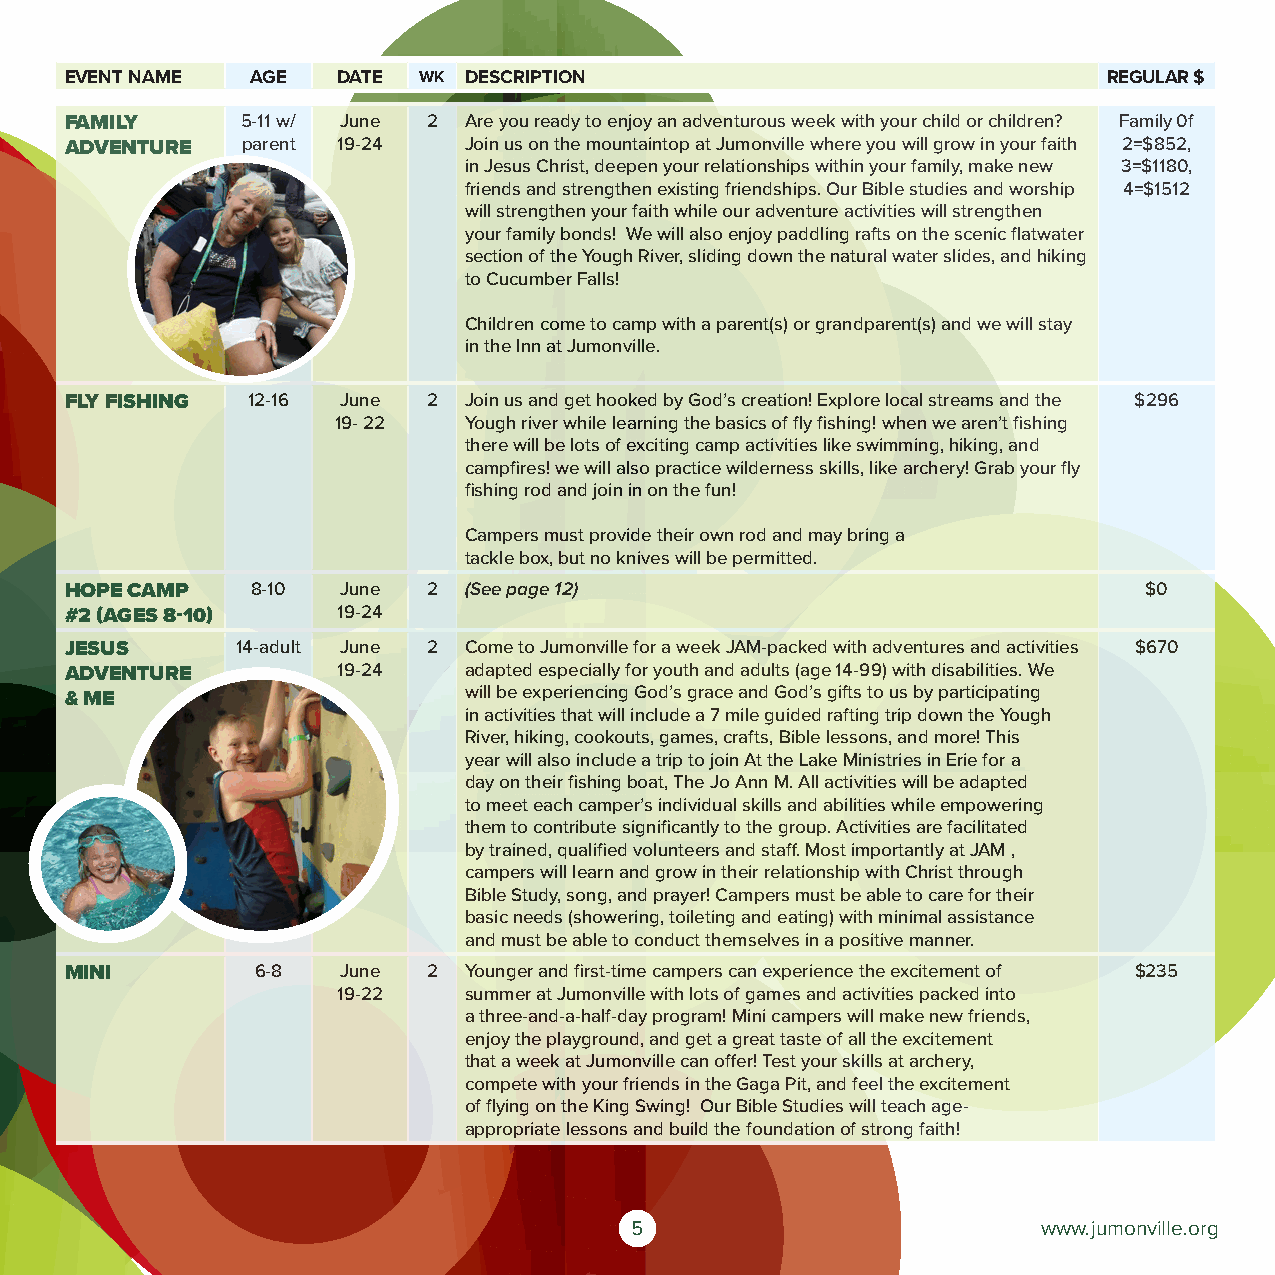
EVENT NAME   AGE  DATE  WK DESCRIPTION                               REGULAR $
 FAMILY      5-11 w/ June 2 Are you ready to enjoy an adventurous week with your child or children? Family 0f
 ADVENTURE   parent 19-24   Join us on the mountaintop at Jumonville where you will grow in your faith 2=$852,
 in Jesus Christ, deepen your relationships within your family, make new 3=$1180,
 friends and strengthen existing friendships. Our Bible studies and worship 4=$1512
 will strengthen your faith while our adventure activities will strengthen
 your family bonds! We will also enjoy paddling rafts on the scenic flatwater
 section of the Yough River, sliding down the natural water slides, and hiking
 to Cucumber Falls!
 Children come to camp with a parent(s) or grandparent(s) and we will stay
 in the Inn at Jumonville.
 FLY FISHING 12-16 June  2  Join us and get hooked by God’s creation! Explore local streams and the $296
 19- 22   Yough river while learning the basics of fly fishing! when we aren’t fishing
 there will be lots of exciting camp activities like swimming, hiking, and
 campfires! we will also practice wilderness skills, like archery! Grab your fly
 fishing rod and join in on the fun!
 Campers must provide their own rod and may bring a
 tackle box, but no knives will be permitted.
 HOPE CAMP    8-10 June  2  (See page 12)                                $0
 #2 (AGES 8-10)    19-24
 JESUS       14-adult June 2 Come to Jumonville for a week JAM-packed with adventures and activities $670
 ADVENTURE         19-24    adapted especially for youth and adults (age 14-99) with disabilities. We
 will be experiencing God’s grace and God’s gifts to us by participating
 & ME
 in activities that will include a 7 mile guided rafting trip down the Yough
 River, hiking, cookouts, games, crafts, Bible lessons, and more! This
 year will also include a trip to join At the Lake Ministries in Erie for a
 day on their fishing boat, The Jo Ann M. All activities will be adapted
 to meet each camper’s individual skills and abilities while empowering
 them to contribute significantly to the group. Activities are facilitated
 by trained, qualified volunteers and staff. Most importantly at JAM ,
 campers will learn and grow in their relationship with Christ through
 Bible Study, song, and prayer! Campers must be able to care for their
 basic needs (showering, toileting and eating) with minimal assistance
 and must be able to conduct themselves in a positive manner.
 MINI         6-8  June  2  Younger and first-time campers can experience the excitement of $235
 19-22    summer at Jumonville with lots of games and activities packed into
 a three-and-a-half-day program! Mini campers will make new friends,
 enjoy the playground, and get a great taste of all the excitement
 that a week at Jumonville can offer! Test your skills at archery,
 compete with your friends in the Gaga Pit, and feel the excitement
 of flying on the King Swing! Our Bible Studies will teach age-
 appropriate lessons and build the foundation of strong faith!
 5                          www.jumonville.org